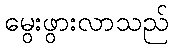
မွေးဖွားလာသည်